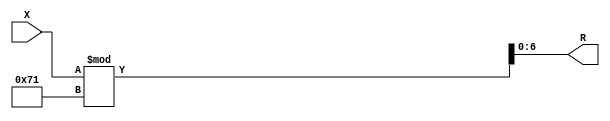
module x_500_mod_113_reg(
    input [500:1] X,
    output [7:1] R
    );


assign R = X % 113;

endmodule